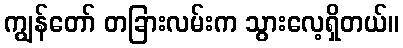
ကျွန်တော် တခြားလမ်းက သွားလေ့ရှိတယ်။